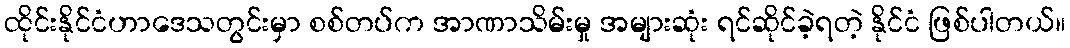
ထိုင်းနိုင်ငံဟာဒေသတွင်းမှာ စစ်တပ်က အာဏာသိမ်းမှု အများဆုံး ရင်ဆိုင်ခဲ့ရတဲ့ နိုင်ငံ ဖြစ်ပါတယ်။